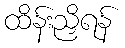
ထိန်းညှိရန်